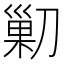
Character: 𠞰